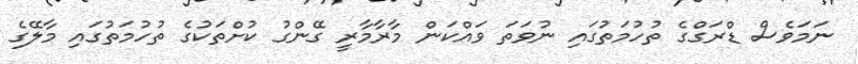
ނަމަވެސް ޑްރަގްގެ ތުހުމަތުގައި ނުވަތަ ވައްކަން މާރާމާރީ ގޭންގު ކުށްތަކުގެ ތުހުމަތުގައި މާލޭގެ